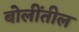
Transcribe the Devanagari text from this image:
बोलींतील